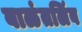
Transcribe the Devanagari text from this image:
बाळंतलिंब